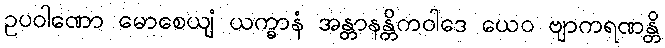
ဥပဝါဏော မောစေယျံ ယက္ခာနံ အန္တာနန္တိကဝါဒေ ယေဝ ဗျာကရဏန္တိ